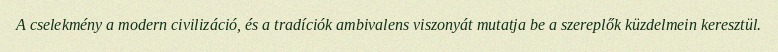
A cselekmény a modern civilizáció, és a tradíciók ambivalens viszonyát mutatja be a szereplők küzdelmein keresztül.